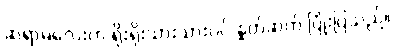
ဆရာမလေးက ရိုးရိုးသားသားပင် နှုတ်ဆက် ပြုံးပြသည်။